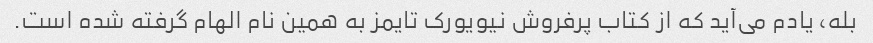
بله، یادم می‌آید که از کتاب پرفروش نیویورک تایمز به همین نام الهام گرفته شده است.